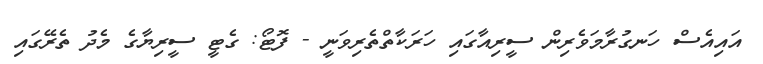
އައިއެސް ހަނގުރާމަވެރިން ސީރިއާގައި ހަރަކާތްތެރިވަނީ - ފޮޓޯ: ގެޓީ ސީރިޔާގެ މެދު ތެރޭގައި